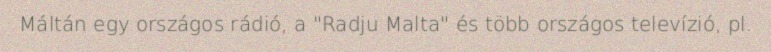
Máltán egy országos rádió, a "Radju Malta" és több országos televízió, pl.